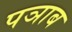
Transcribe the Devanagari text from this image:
पञाब